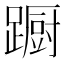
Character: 蹰